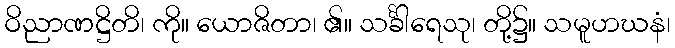
ဝိညာဏဋ္ဌိတိ၊ ကို။ ယောဇိတာ၊ ၏။ သင်္ခါရေသု၊ တို့၌။ သမူဟဃနံ၊